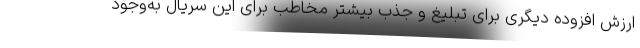
ارزش افزوده دیگری برای تبلیغ و جذب بیشتر مخاطب برای این سریال به‌وجود